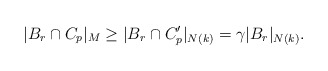
\begin{align*}|B_r \cap C_p|_M \geq |B_r \cap C'_p|_{N(k)} = \gamma |B_r|_{N(k)} .\end{align*}